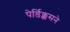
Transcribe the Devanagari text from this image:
पेर्डिक्कसने